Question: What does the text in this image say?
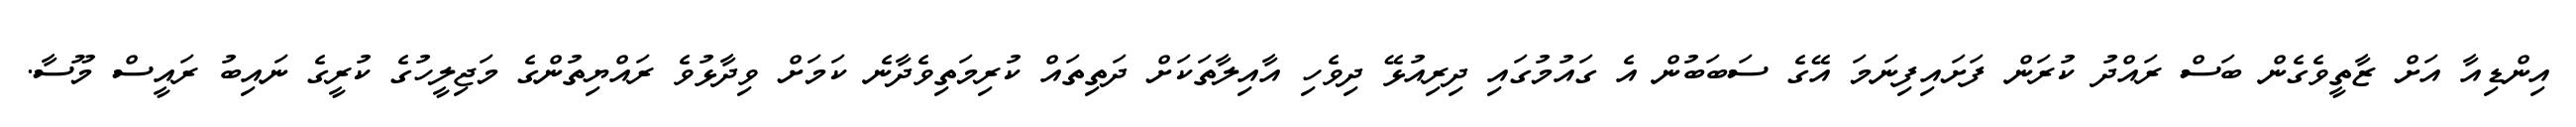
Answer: އިންޑިއާ އަށް ޒާތީވެގެން ބަސް ރައްދު ކުރަން ފަށައިފިނަމަ އޭގެ ސަބަބުން އެ ގައުމުގައި ދިރިއުޅޭ ދިވެހި އާއިލާތަކަށް ދަތިތައް ކުރިމަތިވެދާނެ ކަމަށް ވިދާޅުވެ ރައްޔިތުންގެ މަޖިލީހުގެ ކުރީގެ ނައިބު ރައީސް މޫސާ.